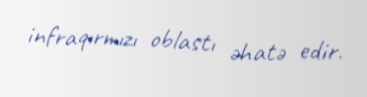
infraqırmızı oblastı əhatə edir.